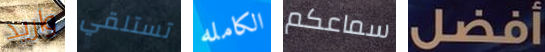
واريد تستلقي الكامله سماعكم أفضل